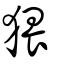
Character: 猥